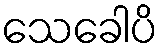
သေခေါပိ